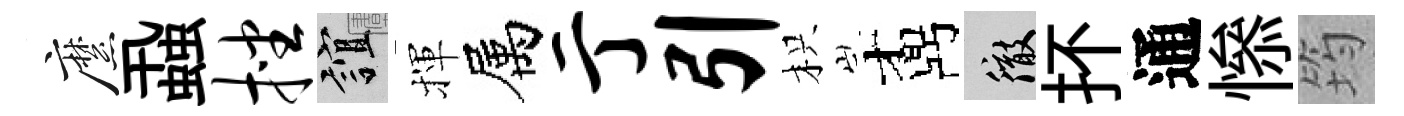
縻蝨挫誼揮属亍引枳鼒徹抔通𢡖筠